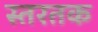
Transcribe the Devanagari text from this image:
स्तरतक